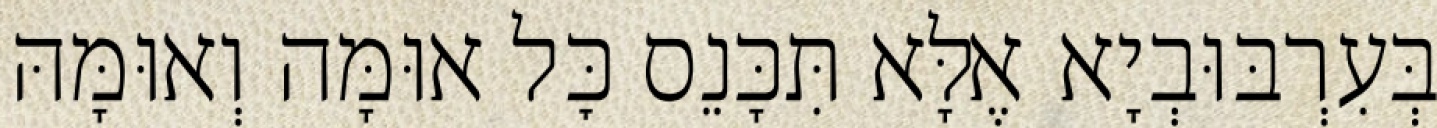
בְּעִרְבּוּבְיָא אֶלָּא תִּכָּנֵס כׇּל אוּמָּה וְאוּמָּהּ